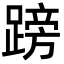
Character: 䠙